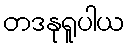
တဒနုရူပါယ